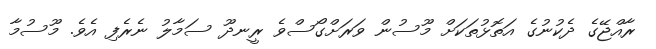
ރާއްޖޭގެ ދެކުނުގެ އަތޮޅުތަކަށް މޫސުން ވަރަށްގޯސްވެ ރީނދޫ ސަމާލު ނެރެފި އެވެ. މޫސުމާ